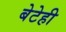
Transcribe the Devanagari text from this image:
बेटेही